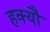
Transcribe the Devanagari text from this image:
हक्यौ